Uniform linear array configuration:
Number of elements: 48
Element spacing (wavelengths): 1
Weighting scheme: blackman
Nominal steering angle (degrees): -15
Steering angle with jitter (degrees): -14.278
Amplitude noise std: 0.05
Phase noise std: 0.05

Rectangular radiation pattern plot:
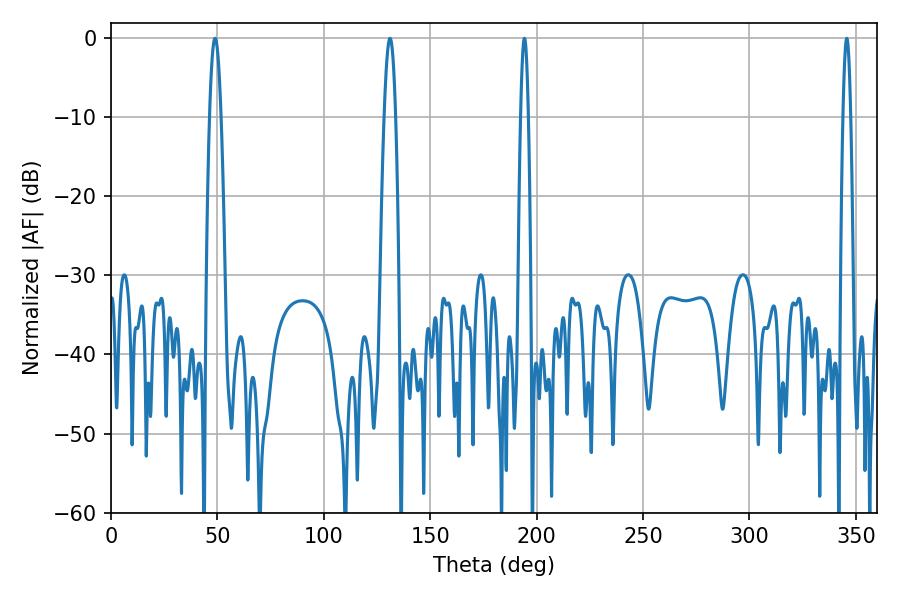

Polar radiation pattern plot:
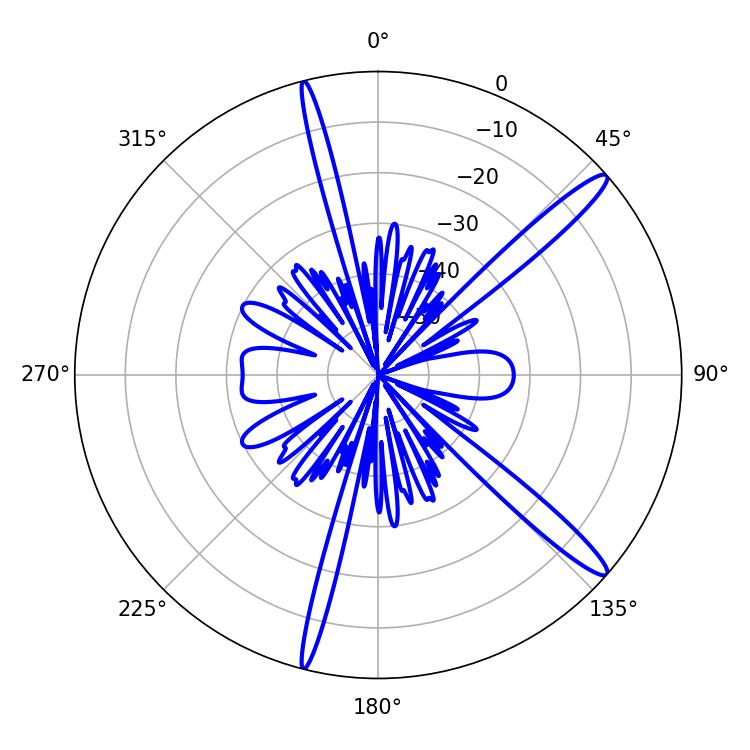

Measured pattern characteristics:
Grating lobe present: TRUE
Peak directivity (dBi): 14.819
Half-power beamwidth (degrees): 2.88
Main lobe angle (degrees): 48.96